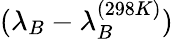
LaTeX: (\lambda_{B}-\lambda_{B}^{(298K)})